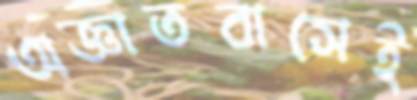
অজ্ঞাতবাসেই